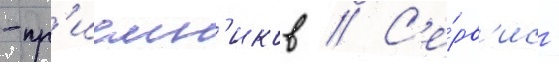
-пр'иемн'иков // С'е́рв'ис -